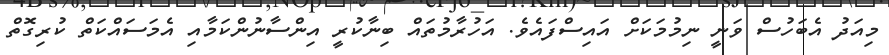
މިއަދު އެބަހުސް ވަނީ ނިމުމަކަށް އައިސްފައެވެ. އަހުރާމުތައް ބިނާކުރީ އިންސާނުންކަމާއި އެމަސައްކަތް ކުރިގޮތް